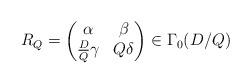
LaTeX: \begin{align*}R_Q =\left( \begin{matrix} \alpha & \beta \\ \frac{D}{Q} \gamma & Q \delta \end{matrix} \right) \in \Gamma_0(D/Q)\end{align*}